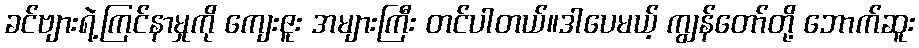
ခင်ဗျားရဲ့ကြင်နာမှုကို ကျေးဇူး အများကြီး တင်ပါတယ်။ဒါပေမယ့် ကျွန်တော်တို့ ဘောက်ဆူး